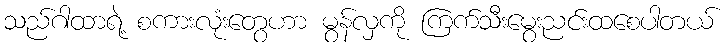
သည်ဂါထာရဲ့ စကားလုံးတွေဟာ မွန်လှကို ကြက်သီးမွေးညင်းထစေပါတယ်